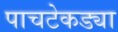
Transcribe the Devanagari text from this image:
पाचटेकड्या